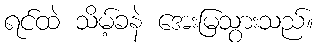
ရင်ထဲ သိမ့်ခနဲ အေးမြသွားသည်။